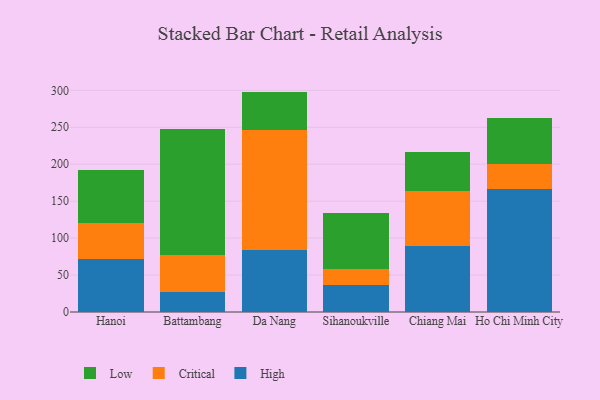
{"axis": {"x": "City", "y": "Humidity (%)"}, "legend": ["Critical", "High", "Low"], "data": [{"x": "Hanoi", "y": 71.8, "type": "High"}, {"x": "Hanoi", "y": 49.0, "type": "Critical"}, {"x": "Hanoi", "y": 70.9, "type": "Low"}, {"x": "Battambang", "y": 26.8, "type": "High"}, {"x": "Battambang", "y": 50.8, "type": "Critical"}, {"x": "Battambang", "y": 169.9, "type": "Low"}, {"x": "Da Nang", "y": 84.5, "type": "High"}, {"x": "Da Nang", "y": 161.7, "type": "Critical"}, {"x": "Da Nang", "y": 52.1, "type": "Low"}, {"x": "Sihanoukville", "y": 36.5, "type": "High"}, {"x": "Sihanoukville", "y": 21.7, "type": "Critical"}, {"x": "Sihanoukville", "y": 76.1, "type": "Low"}, {"x": "Chiang Mai", "y": 88.9, "type": "High"}, {"x": "Chiang Mai", "y": 74.6, "type": "Critical"}, {"x": "Chiang Mai", "y": 53.1, "type": "Low"}, {"x": "Ho Chi Minh City", "y": 166.6, "type": "High"}, {"x": "Ho Chi Minh City", "y": 33.9, "type": "Critical"}, {"x": "Ho Chi Minh City", "y": 61.7, "type": "Low"}]}